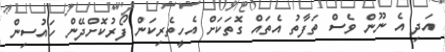
އަދި އެ ނޫން ވެސް ތަފާތު އެތައް ގޮތަކަށް އެހީތެރިކަން ފޯރުކޮށްދޭން ހައުސިން